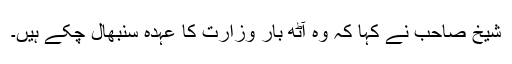
شیخ صاحب نے کہا کہ وہ آٹھ بار وزارت کا عہدہ سنبھال چکے ہیں۔